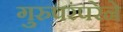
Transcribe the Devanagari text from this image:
गुरुपरंपरेने